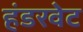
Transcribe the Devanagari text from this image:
हंडरवेट